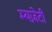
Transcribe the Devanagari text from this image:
म्यज़ेटी